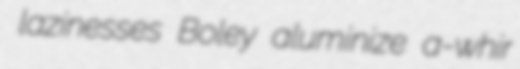
lazinesses Boley aluminize a-whir